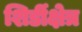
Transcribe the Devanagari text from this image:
शिर्डीक्षेत्र